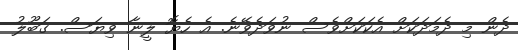
ދެން މި ދެމަދަކަށް އެކަކަށްވެސް ނުވަދެވޭނެ. އެ ހެޔޮ ލީނާ ވިޔަސް. ގަބޫލު